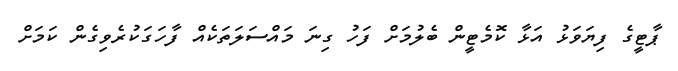
ޕާޓީގެ ފިޔަވަޅު އަޅާ ކޮމެޓީން ބެލުމަށް ފަހު ގިނަ މައްސަލަތަކެއް ފާހަގަކުރެވިގެން ކަމަށް